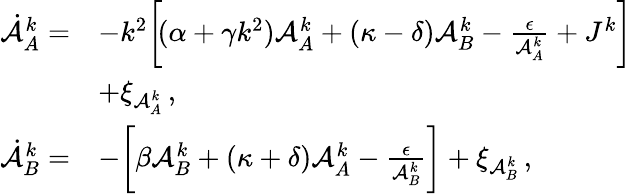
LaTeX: \begin{array}{rl}{\dot{\mathcal{A}}_{A}^{k}=}&{-k^{2}\bigg[\! (\alpha+\gamma k^{2})\mathcal{A}_{A}^{k}+(\kappa-\delta)\mathcal{A}_{B}^{k}-\frac{\epsilon}{\mathcal{A}_{A}^{k}}+J^{k}\bigg]}\\ &{+\xi_{\mathcal{A}_{A}^{k}}\, ,}\\ {\dot{\mathcal{A}}_{B}^{k}=}&{-\bigg[\beta\mathcal{A}_{B}^{k}+(\kappa+\delta)\mathcal{A}_{A}^{k}-\frac{\epsilon}{\mathcal{A}_{B}^{k}}\bigg]+\xi_{\mathcal{A}_{B}^{k}}\, ,}\end{array}